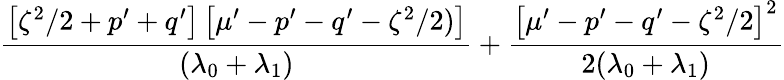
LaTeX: \frac{\left[\zeta^{2}/2+p^{\prime}+q^{\prime}\right]\left[\mu^{\prime}-p^{\prime}-q^{\prime}-\zeta^{2}/2)\right]}{(\lambda_{0}+\lambda_{1})}+\frac{\left[\mu^{\prime}-p^{\prime}-q^{\prime}-\zeta^{2}/2\right]^{2}}{2(\lambda_{0}+\lambda_{1})}